Civil Veterinary Department. United Provinces 1923-31 - 1923-1931
Year: 1923
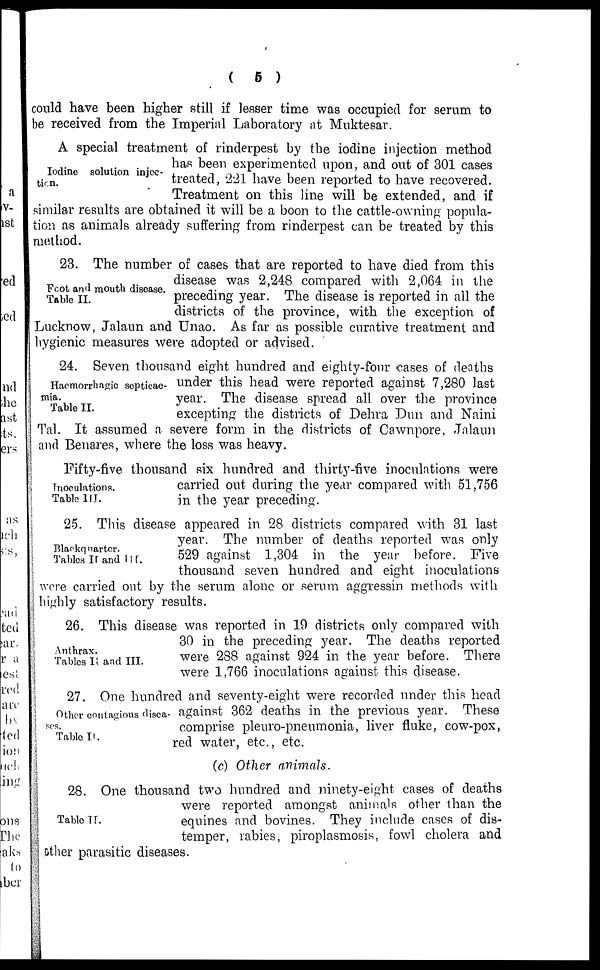
(5)
could have been higher still if lesser time was occupied for serum to
be received from the Imperial Laboratory at Muktesar.
Iodine solution injec-
tion.
A special treatment of rinderpest by the iodine injection method
has been experimented upon, and out of 301 cases
treated, 221 have been reported to have recovered.
Treatment on this line will be extended, and if
similar results are obtained it will be a boon to the cattle-owning popula-
tion as animals already suffering from rinderpest can be treated by this
method.
Foot and mouth disease.
Table II.
23. The number of cases that are reported to have died from this
disease was 2,248 compared with 2,064 in the
preceding year. The disease is reported in all the
districts of the province, with the exception of
Lucknow, Jalaun and Unao. As far as possible curative treatment and
hygienic measures were adopted or advised.
Haernorrhagic septicae-
mia.
Table II.
24. Seven thousand eight hundred and eighty-four cases of deaths
under this head were reported against 7,280 last
year. The disease spread all over the province
excepting the districts of Dehra Dun and Naini
Tal. It assumed a severe form in the districts of Cawnpore, Jalaun
and Benares, where the loss was heavy.
Inoculations.
Table III.
Fifty-five thousand six hundred and thirty-five inoculations were
carried out during the year compared with 51,756
in the year preceding.
Blackquarter.
Tables II and III.
25. This disease appeared in 28 districts compared with 31 last
year. The number of deaths reported was only
529 against 1,304 in the year before. Five
thousand seven hundred and eight inoculations
were carried out by the serum alone or serum aggressin methods with
highly satisfactory results.
Anthrax.
Tables II and III.
26. This disease was reported in 19 districts only compared with
30 in the preceding year. The deaths reported
were 288 against 924 in the year before. There
were 1,766 inoculations against this disease.
Other contagious disca-
ses.
Table II.
27. One hundred and seventy-eight were recorded under this head
against 362 deaths in the previous year. These
comprise pleuro-pneumonia, liver fluke, cow-pox,
red water, etc., etc.
(c) Other animals.
Table II.
28. One thousand two hundred and ninety-eight cases of deaths
were reported amongst animals other than the
equines and bovines. They include cases of dis-
temper, rabies, piroplasmosis, fowl cholera and
other parasitic diseases.